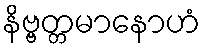
နိဗ္ဗတ္တမာနောဟံ